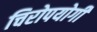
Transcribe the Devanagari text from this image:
चिरोपयोगी